Lunatic asylums Punjab 1881-1894 - 1881-1894
Year: 1881
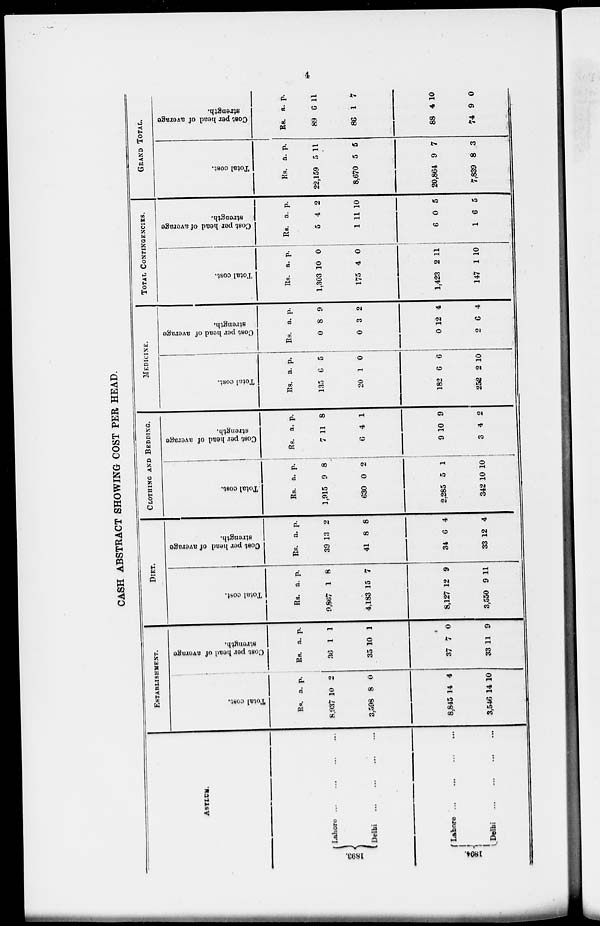
4
CASH ABSTRACT SHOWING COST PER HEAD.
ASYLUM.
1893
1894
Lahore ... ... ... ...
Delhi
...
...
...
...
Lahore ... ... ... ...
Delhi
...
...
...
...
ESTABLISHMENT.
Total cost.
Rs.
8,937
3,598
8,845
3,546
a.
10
8
14
14
p.
2
0
4
10
Cost per head of average
strength.
Rs.
36
35
37
33
a.
1
10
7
11
p.
1
1
0
9
DIET.
Total cost.
Rs.
9,867
4,183
8,127
3,550
a.
1
15
12
9
p.
8
7
9
11
Cost per head of average
strength.
Rs.
39
41
34
33
a.
13
8
6
12
p.
2
8
4
4
CLOTHING AND BEDDING.
Total cost.
Rs.
1,915
630
2,285
342
a.
9
0
5
10
p.
8
2
1
10
Cost per head of average
strength.
Rs.
7
6
9
3
a.
11
4
10
4
p.
8
1
9
2
MEDICINE.
Total cost.
Rs.
135
20
182
252
a.
6
1
6
2
p.
5
0
6
10
Cost per head of average
strength.
Rs.
0
0
0
2
a.
8
3
12
6
p.
9
2
4
4
TOTAL CONTINGENCIES.
Total cost.
Rs.
1,303
175
1,423
147
a.
10
4
2
1
p.
0
0
11
10
Cost per head of average
strength.
Rs.
5
1
6
1
a.
4
11
0
6
p.
2
10
5
5
GRAND TOTAL.
Total cost.
Rs.
22,159
8,670
20,864
7,839
a.
5
5
9
8
p.
11
5
7
3
Cost per head of average
strength.
Rs.
89
86
88
74
a.
6
1
4
9
p.
11
7
10
0